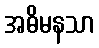
အဓိမနသာ